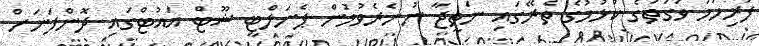
ފުރިހަމަ ވަގުތުގެ ކުޅުމުގެ ތެރޭގައި ނަތީޖާ ނުނެރެވުމުން ޕެނަލްޓީ ޝޫޓް އައުޓްގައި ދޮންފަނަށް